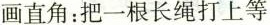
画直角：把一根长绳打上等